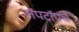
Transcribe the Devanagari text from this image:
लॅपटॉपचे